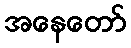
အနေတော်